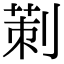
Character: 𠞁